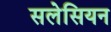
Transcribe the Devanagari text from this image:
सलेसियन